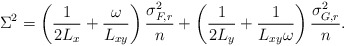
\begin{align*}\Sigma^2 = \left(\frac{1}{2L_{x}}+\frac{\omega}{L_{xy}} \right)\frac{\sigma_{F, r}^2}{n}+\left(\frac{1}{2L_{y}}+\frac{1}{L_{xy}\omega}\right)\frac{\sigma_{G, r}^2}{n}.\end{align*}